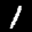
Label: 1